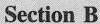
Section B